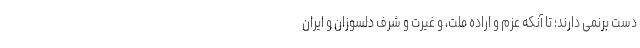
دست برنمی دارند؛ تا آنکه عزم و اراده ملت، و غیرت و شرف دلسوزان و ایران